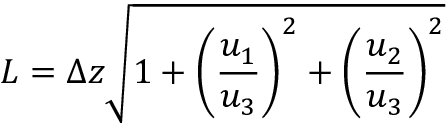
L = \Delta z \sqrt { 1 + \left( \frac { u _ { 1 } } { u _ { 3 } } \right) ^ { 2 } + \left( \frac { u _ { 2 } } { u _ { 3 } } \right) ^ { 2 } }